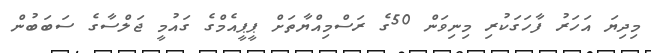
މިދިޔަ އަަހަރު ފާހަގަކުރި މިނިވަން 50ގެ ރަސްމިއްޔާތަށް ޕީޕީއެމްގެ ގައުމީ ޖަލްސާގެ ސަބަބުން